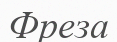
Фреза